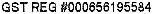
GST REG #000656195584